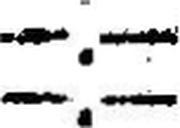
—.—